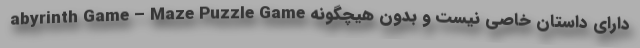
abyrinth Game – Maze Puzzle Game دارای داستان خاصی نیست و بدون هیچگونه